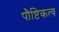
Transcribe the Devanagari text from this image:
पौष्टिकत्व